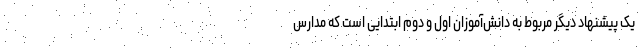
یک پیشنهاد دیگر مربوط به دانش‌آموزان اول و دوم ابتدایی است که مدارس